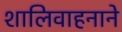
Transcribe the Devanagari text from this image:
शालिवाहनाने